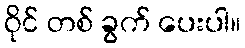
ဝိုင် တစ် ခွက် ပေးပါ။